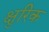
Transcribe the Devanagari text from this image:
क्षुरिक